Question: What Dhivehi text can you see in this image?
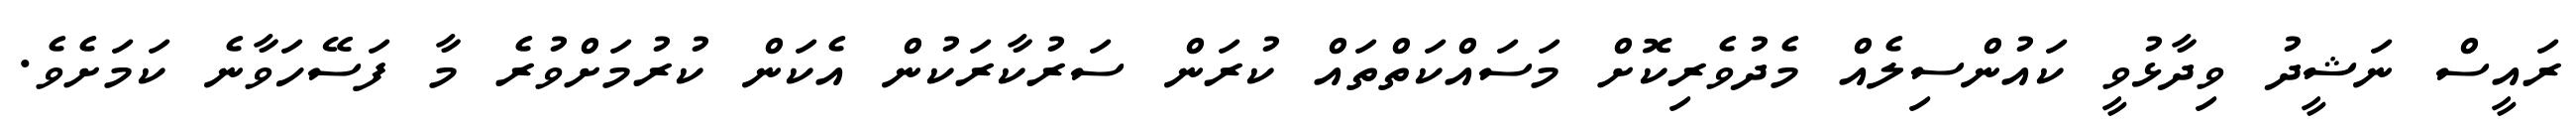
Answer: ރައީސް ނަޝީދު ވިދާޅުވީ ކައުންސިލެއް މެދުވެރިކޮށް މަސައްކަތްތައް ކުރަން ސަރުކާރަކުން އެކަން ކުރުމަށްވުރެ މާ ފަސޭހަވާނެ ކަމަށެވެ.